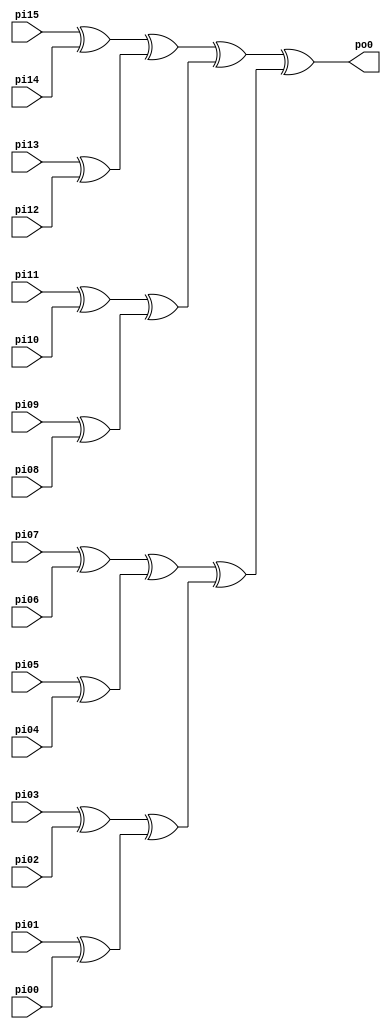
// Benchmark "PARITYFDS" written by ABC on Thu Mar 19 13:02:36 2020

module PARITYFDS ( 
    pi00, pi01, pi02, pi03, pi04, pi05, pi06, pi07, pi08, pi09, pi10, pi11,
    pi12, pi13, pi14, pi15,
    po0  );
  input  pi00, pi01, pi02, pi03, pi04, pi05, pi06, pi07, pi08, pi09,
    pi10, pi11, pi12, pi13, pi14, pi15;
  output po0;
  wire new_n19_, new_n20_, new_n21_, new_n22_, new_n23_, new_n24_, new_n25_,
    new_n26_, new_n27_, new_n28_, new_n29_, new_n30_, new_n31_, new_n32_;
  assign po0 = new_n31_ ^ new_n32_;
  assign new_n19_ = pi15 ^ pi14;
  assign new_n20_ = pi13 ^ pi12;
  assign new_n21_ = pi11 ^ pi10;
  assign new_n22_ = pi09 ^ pi08;
  assign new_n23_ = pi07 ^ pi06;
  assign new_n24_ = pi05 ^ pi04;
  assign new_n25_ = pi03 ^ pi02;
  assign new_n26_ = pi01 ^ pi00;
  assign new_n27_ = new_n19_ ^ new_n20_;
  assign new_n28_ = new_n21_ ^ new_n22_;
  assign new_n29_ = new_n23_ ^ new_n24_;
  assign new_n30_ = new_n25_ ^ new_n26_;
  assign new_n31_ = new_n27_ ^ new_n28_;
  assign new_n32_ = new_n29_ ^ new_n30_;
endmodule